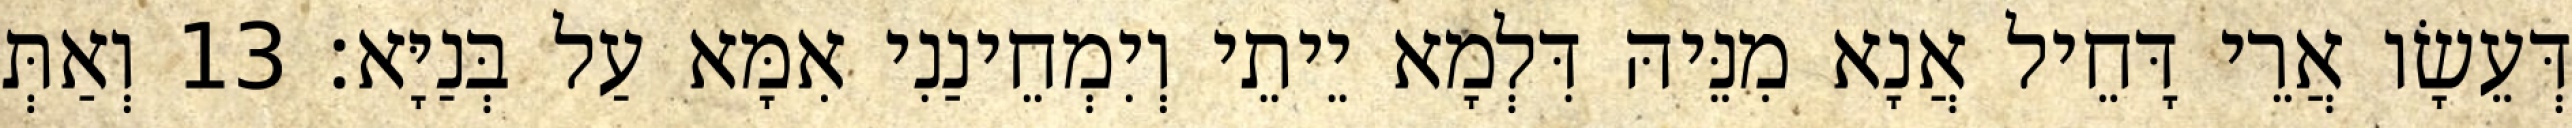
דְּעֵשָׂו אֲרֵי דָּחֵיל אֲנָא מִנֵּיהּ דִּלְמָא יֵיתֵי וְיִמְחֵינַנִי אִמָּא עַל בְּנַיָּא׃ 13 וְאַתְּ